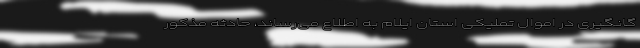
گانگیری در اموال تملیکی استان ایلام به اطلاع می‌رساند، حادثه مذکور